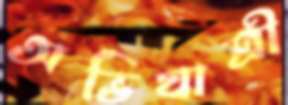
অভিযাত্রী